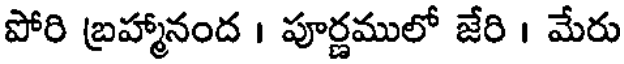
పోరి బ్రహ్మానంద । పూర్ణములో జేరి । మేరు